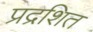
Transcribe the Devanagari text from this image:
प्रद्रशित